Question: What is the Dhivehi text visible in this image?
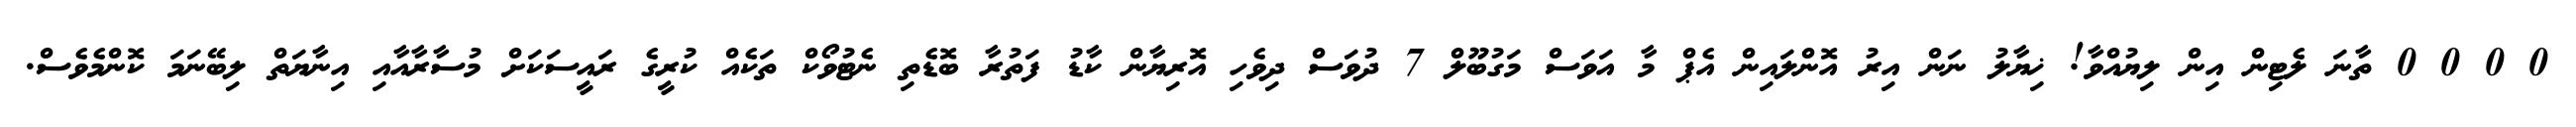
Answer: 0 0 0 0 ތާނަ ލެޓިން އިން ލިޔުއްވާ! ޚިޔާލު ނަން އިރު އޮންލައިން އެޕް މާ އަވަސް މަގުބޫލް 7 ދުވަސް ދިވެހި އޮރިޔާން ކާޑު ފަތުރާ ބޮޑެތި ނެޓުވޯކް ތަކެއް ކުރީގެ ރައީސަކަށް މުސާރާއާއި އިނާޔަތް ލިބޭނަމަ ކޮންމެވެސް.